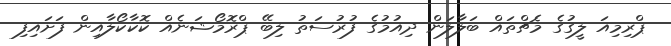
ޕްރިމިއަ ލީގުގެ މެޗްތައް ބަލާލަން ދިއުމުގެ ފުރުސަތު ލިބޭ ޕްރޮމޯޝަނެއް ކޮކާކޯލާއިން ފަށައިފި